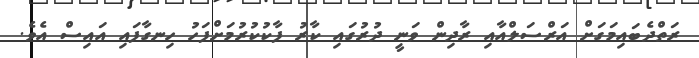
ރަތްދެބައިމަގަށް އަރްސަލްއާއި ރާދިން ވަނީ ދުރުގައި ކާރު ފާކުކުރުމަށްފަހު ހިނގާފައި އައިސް އެވެ.